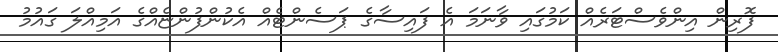
ފޮރިން އިންވެސްޓަރެއް ކަމުގައި ވާނަމަ އެ ފައިސާގެ ޕަސެންޓެއް އެކުންފުންޏެއްގެ އަމިއްލަ ގައުމު